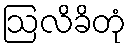
ဩလိခိတုံ